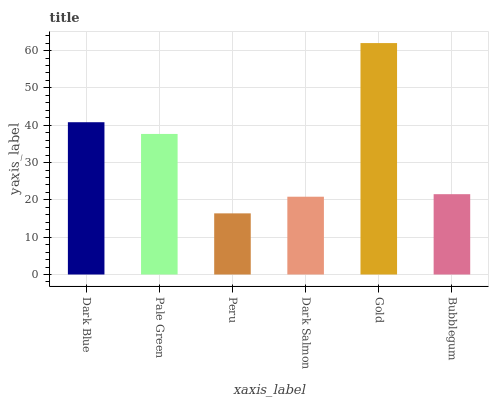
| xaxis_label | bars |
 | --- | --- |
 | Dark Blue | 40.8 |
 | Pale Green | 37.7 |
 | Peru | 16.4 |
 | Dark Salmon | 20.8 |
 | Gold | 62 |
 | Bubblegum | 21.5 |